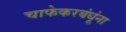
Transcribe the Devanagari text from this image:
चाफेकरबंधूंना